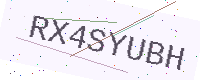
Text: RX4SYUBH